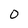
Character: o